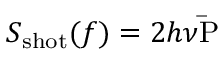
S _ { \mathrm { s h o t } } ( f ) = 2 h \nu \mathrm { \bar { P } }